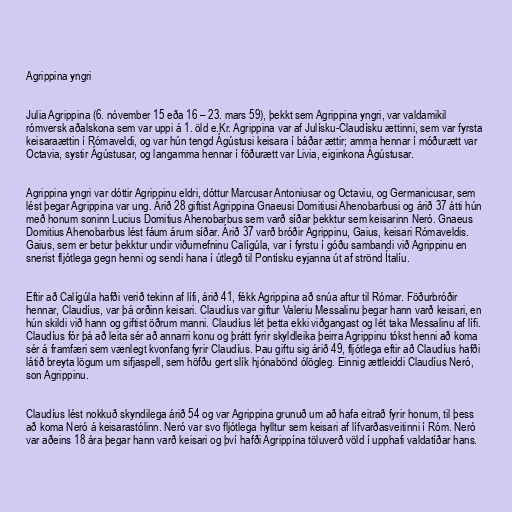
Agrippina yngri

Julia Agrippina (6. nóvember 15 eða 16 – 23. mars 59), þekkt sem Agrippina yngri, var valdamikil
rómversk aðalskona sem var uppi á 1. öld e.Kr. Agrippina var af Julísku-Claudísku ættinni, sem var fyrsta
keisaraættin í Rómaveldi, og var hún tengd Ágústusi keisara í báðar ættir; amma hennar í móðurætt var
Octavia, systir Ágústusar, og langamma hennar í föðurætt var Livia, eiginkona Ágústusar.

Agrippina yngri var dóttir Agrippinu eldri, dóttur Marcusar Antoniusar og Octaviu, og Germanicusar, sem
lést þegar Agrippina var ung. Árið 28 giftist Agrippina Gnaeusi Domitiusi Ahenobarbusi og árið 37 átti hún
með honum soninn Lucius Domitius Ahenobarbus sem varð síðar þekktur sem keisarinn Neró. Gnaeus
Domitius Ahenobarbus lést fáum árum síðar. Árið 37 varð bróðir Agrippinu, Gaius, keisari Rómaveldis.
Gaius, sem er betur þekktur undir viðurnefninu Calígúla, var í fyrstu í góðu sambandi við Agrippinu en
snerist fljótlega gegn henni og sendi hana í útlegð til Pontísku eyjanna út af strönd Ítalíu.

Eftir að Calígúla hafði verið tekinn af lífi, árið 41, fékk Agrippina að snúa aftur til Rómar. Föðurbróðir
hennar, Claudíus, var þá orðinn keisari. Claudíus var giftur Valeriu Messalinu þegar hann varð keisari, en
hún skildi við hann og giftist öðrum manni. Claudíus lét þetta ekki viðgangast og lét taka Messalinu af lífi.
Claudíus fór þá að leita sér að annarri konu og þrátt fyrir skyldleika þeirra Agrippinu tókst henni að koma
sér á framfæri sem vænlegt kvonfang fyrir Claudíus. Þau giftu sig árið 49, fljótlega eftir að Claudíus hafði
látið breyta lögum um sifjaspell, sem höfðu gert slík hjónabönd ólögleg. Einnig ættleiddi Claudíus Neró,
son Agrippinu.

Claudíus lést nokkuð skyndilega árið 54 og var Agrippina grunuð um að hafa eitrað fyrir honum, til þess
að koma Neró á keisarastólinn. Neró var svo fljótlega hylltur sem keisari af lífvarðasveitinni í Róm. Neró
var aðeins 18 ára þegar hann varð keisari og því hafði Agrippína töluverð völd í upphafi valdatíðar hans.